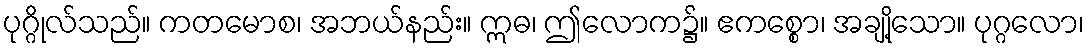
ပုဂ္ဂိုလ်သည်။ ကတမောစ၊ အဘယ်နည်း။ ဣဓ၊ ဤလောက၌။ ဧကစ္စော၊ အချို့သော။ ပုဂ္ဂလော၊